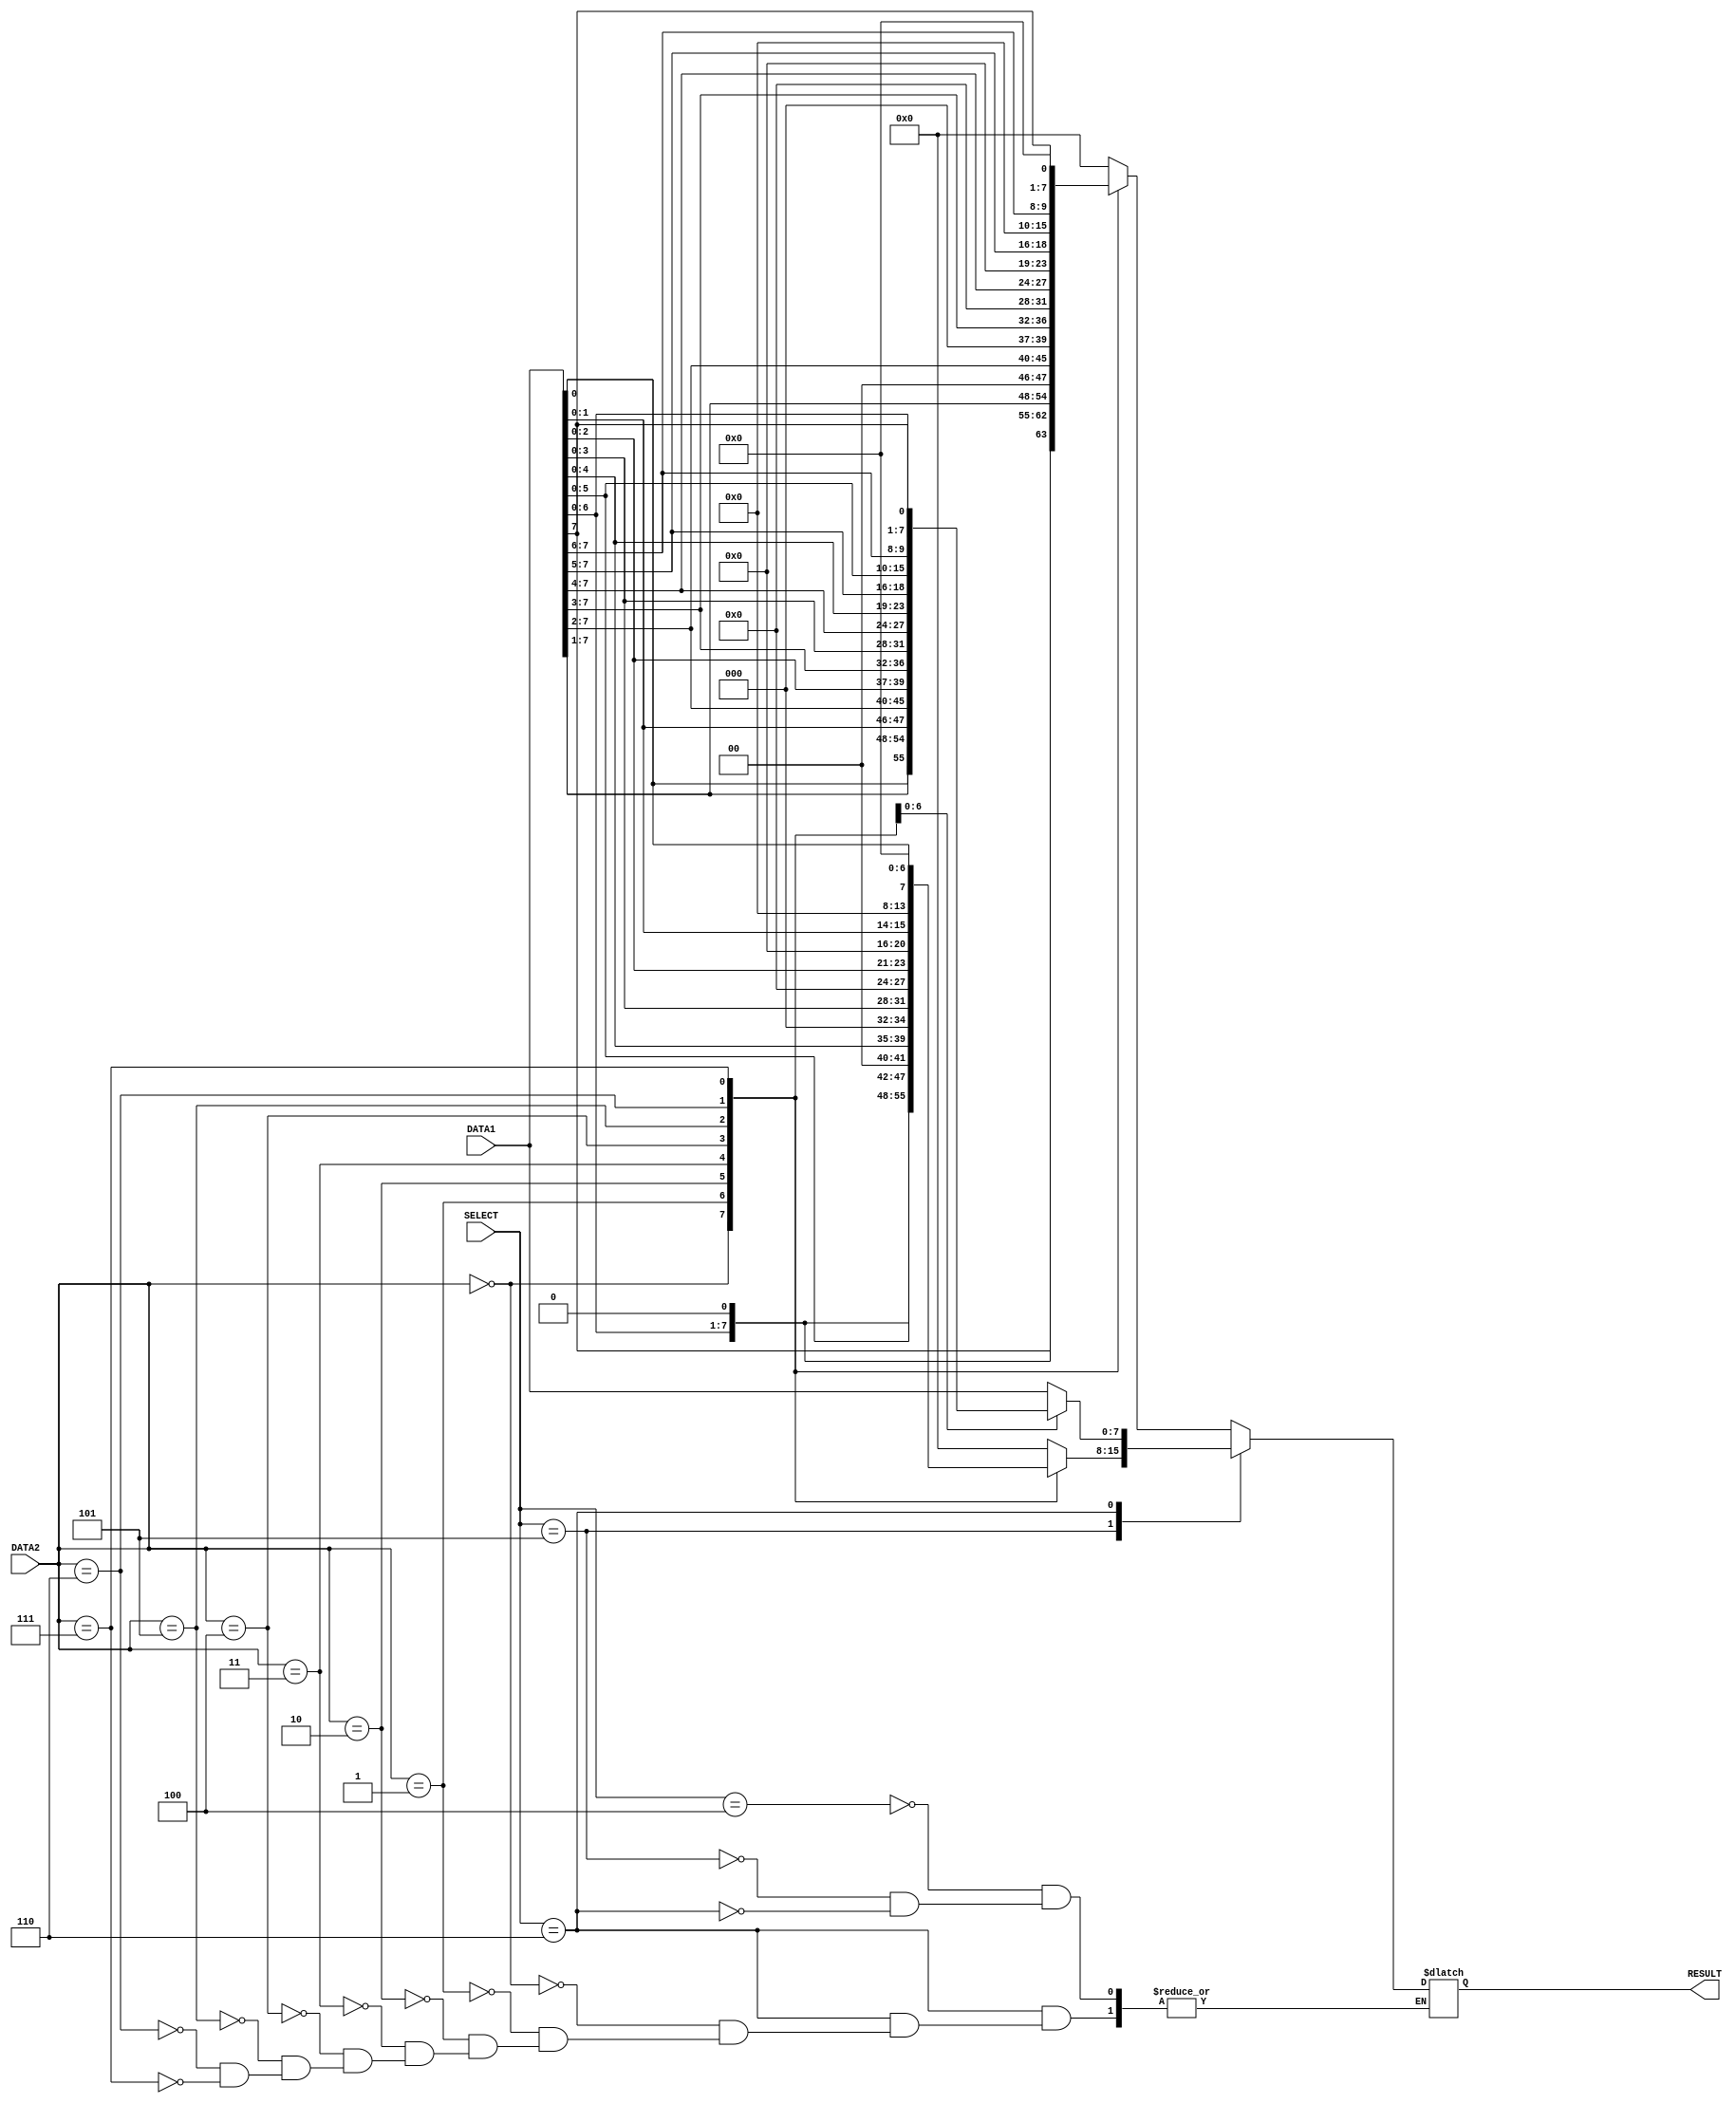
module shifter(DATA1, DATA2, RESULT, SELECT);

    input [7:0] DATA1, DATA2;								//8 bit input operands to ALU
	input [3:0] SELECT;										//3 bit selection input to ALU
	output  reg[7:0] RESULT;								//8 bit output register to store reults
	


always @(DATA1, DATA2, SELECT, RESULT) 							//always block sensitive to these inputs
	begin
		
		case(SELECT)
		4'b0100:

			begin
				case(DATA2)

					0 :  RESULT = DATA1;

					1 :  RESULT = {1'b0,DATA1[7:1]};

					2 :  RESULT = {2'b00,DATA1[7:2]};
				
					3 :  RESULT = {3'b000,DATA1[7:3]};

					4 :  RESULT = {4'b0000,DATA1[7:4]};

					5 :  RESULT = {5'b00000,DATA1[7:5]};

					6 :  RESULT = {6'b000000,DATA1[7:6]};

					7 :  RESULT = {7'b0000000,DATA1[7]};

					default :  RESULT = 8'b00000000;
				endcase
			end

		4'b0101:
			
			begin
				case(DATA2)

					0 :  RESULT = DATA1;

					1 :  RESULT = {DATA1[6:0], 1'b0};

					2 :  RESULT = {DATA1[5:0], 2'b00};

					3 :  RESULT = {DATA1[4:0], 3'b000};

					4 :  RESULT = {DATA1[3:0], 4'b0000};

					5 :  RESULT = {DATA1[2:0], 5'b00000};

					6 :  RESULT = {DATA1[1:0], 6'b000000};

					7 :  RESULT = {DATA1[0], 7'b0000000};

					default :  RESULT = 8'b00000000;
				endcase	
			end

		4'b0110:
			
			begin
				case(DATA2)
					
					0 :  RESULT = DATA1;

					1 :  RESULT = {DATA1[0],DATA1[7:1]};

					2 : RESULT = {DATA1[1],DATA1[0],DATA1[7:2]};
				
					3 :  RESULT = {DATA1[2],DATA1[1],DATA1[0],DATA1[7:3]};

					4 :  RESULT = {DATA1[3],DATA1[2],DATA1[1],DATA1[0],DATA1[7:4]};

					5 :  RESULT = {DATA1[4],DATA1[3],DATA1[2],DATA1[1],DATA1[0],DATA1[7:5]};

					6 :  RESULT = {DATA1[5],DATA1[4],DATA1[3],DATA1[2],DATA1[1],DATA1[0],DATA1[7:6]};

					7 :  RESULT = {DATA1[6],DATA1[5],DATA1[4],DATA1[3],DATA1[2],DATA1[1],DATA1[0],DATA1[7]};

					
				endcase 
			end
		endcase	
	end

endmodule